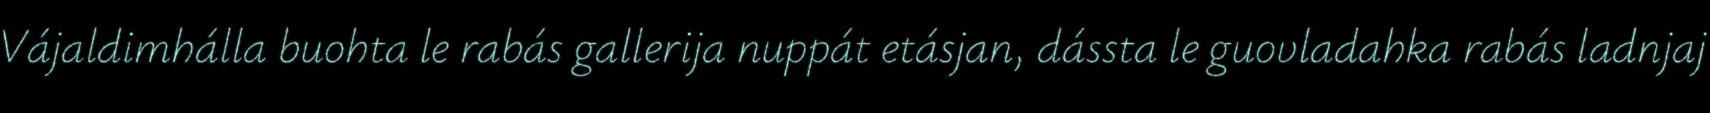
Vájaldimhálla buohta le rabás gallerija nuppát etásjan, dássta le guovladahka rabás ladnjaj